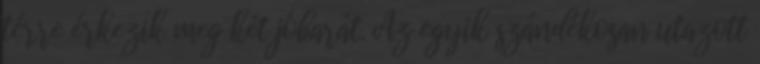
térre érkezik meg két jóbarát. Az egyik szándékosan utazott